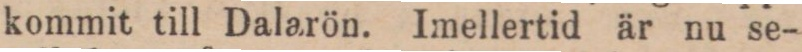
kommit till Dalarön. Imellertid är nu se-